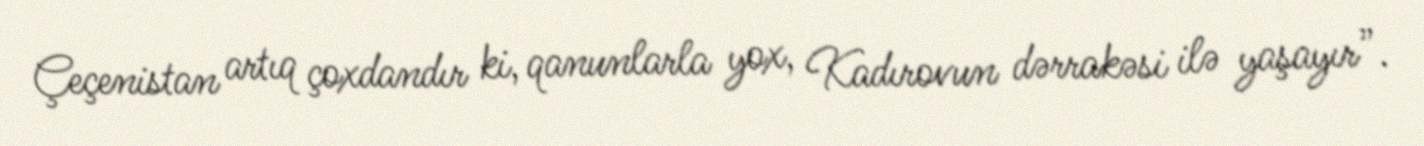
Çeçenistan artıq çoxdandır ki, qanunlarla yox, Kadırovun dərrakəsi ilə yaşayır”.